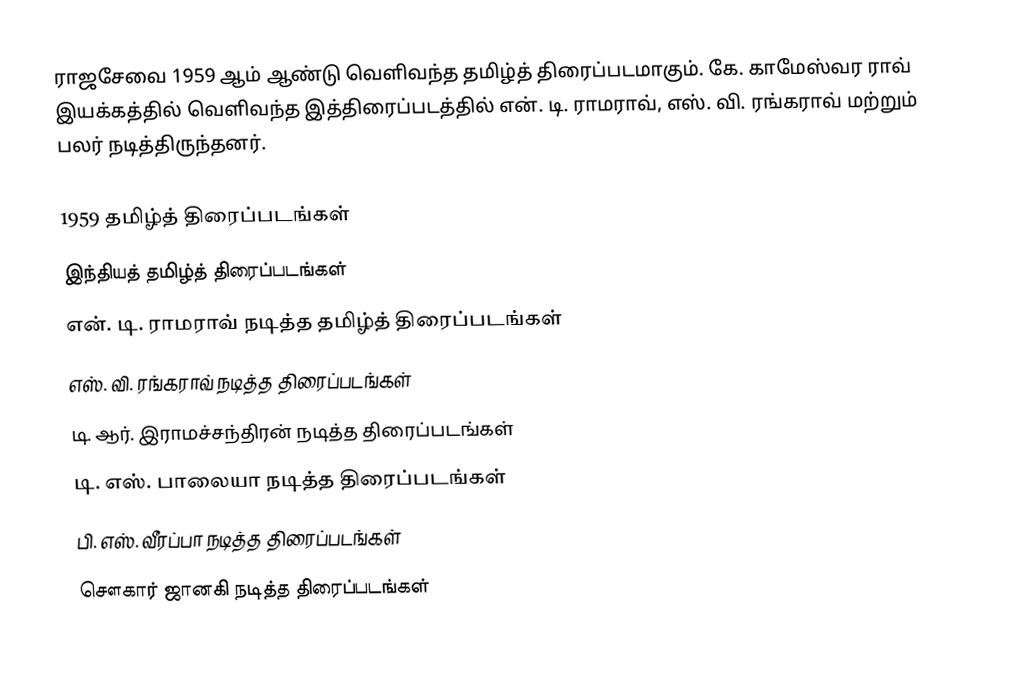
ராஜசேவை 1959 ஆம் ஆண்டு வெளிவந்த தமிழ்த் திரைப்படமாகும். கே. காமேஸ்வர ராவ் இயக்கத்தில் வெளிவந்த இத்திரைப்படத்தில் என். டி. ராமராவ், எஸ். வி. ரங்கராவ் மற்றும் பலர் நடித்திருந்தனர்.

1959 தமிழ்த் திரைப்படங்கள்
இந்தியத் தமிழ்த் திரைப்படங்கள்
என். டி. ராமராவ் நடித்த தமிழ்த் திரைப்படங்கள்
எஸ். வி. ரங்கராவ் நடித்த திரைப்படங்கள்
டி. ஆர். இராமச்சந்திரன் நடித்த திரைப்படங்கள்
டி. எஸ். பாலையா நடித்த திரைப்படங்கள்
பி. எஸ். வீரப்பா நடித்த திரைப்படங்கள்
சௌகார் ஜானகி நடித்த திரைப்படங்கள்